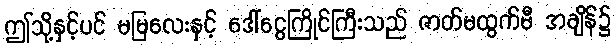
ဤသို့နှင့်ပင် မမြလေးနှင့် ဒေါ်ငွေကြိုင်ကြီးသည် ဇာတ်မထွက်မီ အချိန်၌